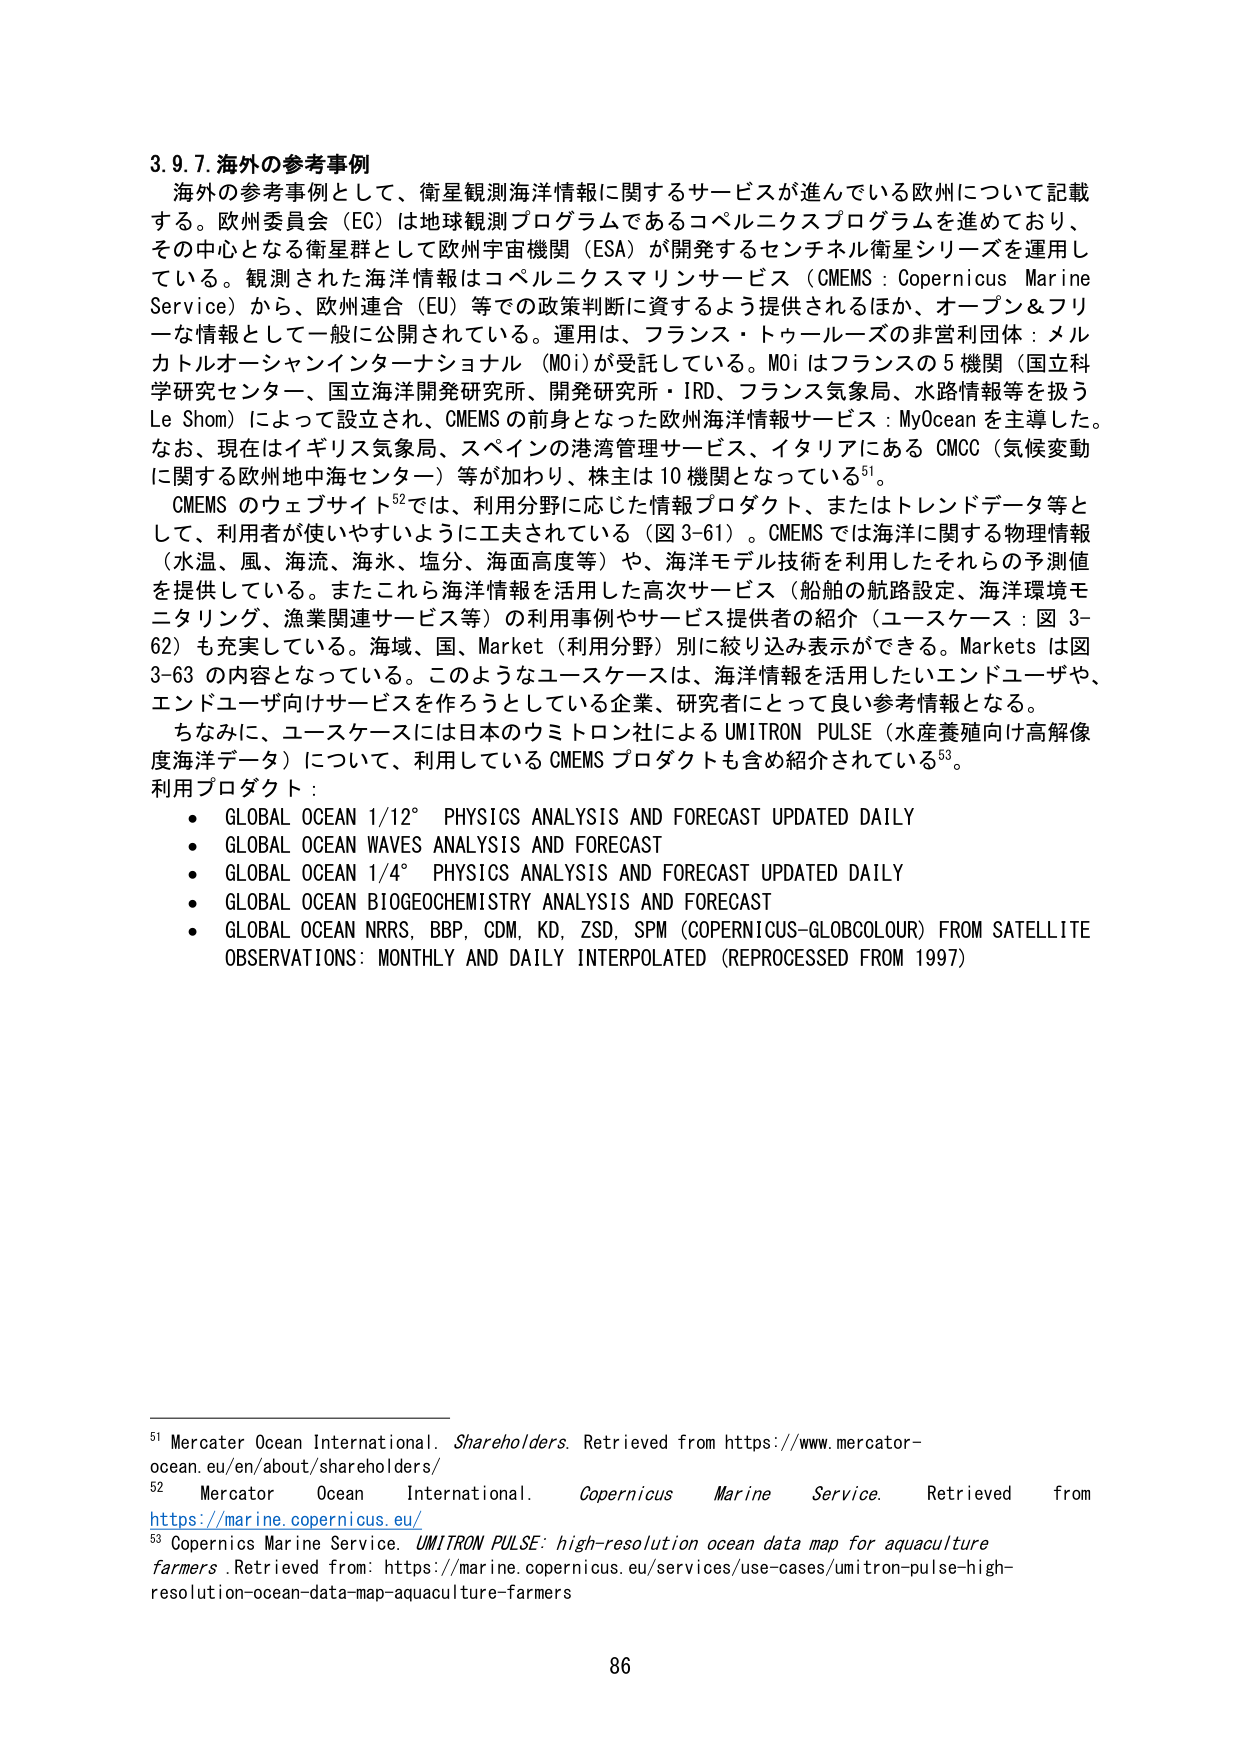
3.9.7. 海外の参考事例
海外の参考事例として、衛星観測海洋情報に関するサービスが進んでいる欧州について記載する。欧州委員会（EC）は地球観測プログラムであるコペルニクスプログラムを進めており、その中心となる衛星群として欧州宇宙機関（ESA）が開発するセンチネル衛星シリーズを運用している。観測された海洋情報はコペルニクスマリンサービス（CMEMS : Copernicus Marine Service）から、欧州連合（EU）等での政策判断に資するよう提供されるほか、オープン＆フリーな情報として一般に公開されている。運用は、フランス・トゥールーズの非営利団体：メルカトルオーシャンインターナショナル（MOi）が受託している。MOi はフランスの 5 機関（国立科学研究センター、国立海洋開発研究所、開発研究所・IRD、フランス気象局、水路情報等を扱う Le Shom）によって設立され、CMEMS の前身となった欧州海洋情報サービス：MyOcean を主導した。なお、現在はイギリス気象局、スペインの港湾管理サービス、イタリアにある CMCC（気候変動に関する欧州地中海センター）等が加わり、株主は 10 機関となっている⁵¹。

CMEMS のウェブサイト⁵²では、利用分野に応じた情報プロダクト、またはトレンドデータ等として、利用者が使いやすいように工夫されている（図 3-61）。CMEMS では海洋に関する物理情報（水温、風、海流、海水、塩分、海面高度等）や、海洋モデル技術を利用したそれらの予測値を提供している。またこれら海洋情報を活用した高次サービス（船舶の航路設定、海洋環境モニタリング、漁業関連サービス等）の利用事例やサービス提供者の紹介（ユースケース：図 3-62）も充実している。海域、国、Market（利用分野）別に絞り込み表示ができる。Markets は図 3-63 の内容となっている。このようなユースケースは、海洋情報を活用したいエンドユーザや、エンドユーザ向けサービスを作ろうとしている企業、研究者にとって良い参考情報となる。

ちなみに、ユースケースには日本のウミトロン社による UMITRON PULSE（水産養殖向け高解像度海洋データ）について、利用している CMEMS プロダクトも含め紹介されている⁵³。

利用プロダクト：
• GLOBAL OCEAN 1/12° PHYSICS ANALYSIS AND FORECAST UPDATED DAILY
• GLOBAL OCEAN WAVES ANALYSIS AND FORECAST
• GLOBAL OCEAN 1/4° PHYSICS ANALYSIS AND FORECAST UPDATED DAILY
• GLOBAL OCEAN BIOGEOCHEMISTRY ANALYSIS AND FORECAST
• GLOBAL OCEAN NRRS, BBP, CDM, KD, ZSD, SPM (COPERNICUS-GLOBCOLOUR) FROM SATELLITE OBSERVATIONS: MONTHLY AND DAILY INTERPOLATED (REPROCESSED FROM 1997)

⁵¹ Mercator Ocean International. Shareholders. Retrieved from https://www.mercator-ocean.eu/en/about/shareholders/
⁵² Mercator Ocean International. Copernicus Marine Service. Retrieved from https://marine.copernicus.eu/
⁵³ Copernicus Marine Service. UMITRON PULSE: high-resolution ocean data map for aquaculture farmers. Retrieved from: https://marine.copernicus.eu/services/use-cases/umitron-pulse-high-resolution-ocean-data-map-aquaculture-farmers

86